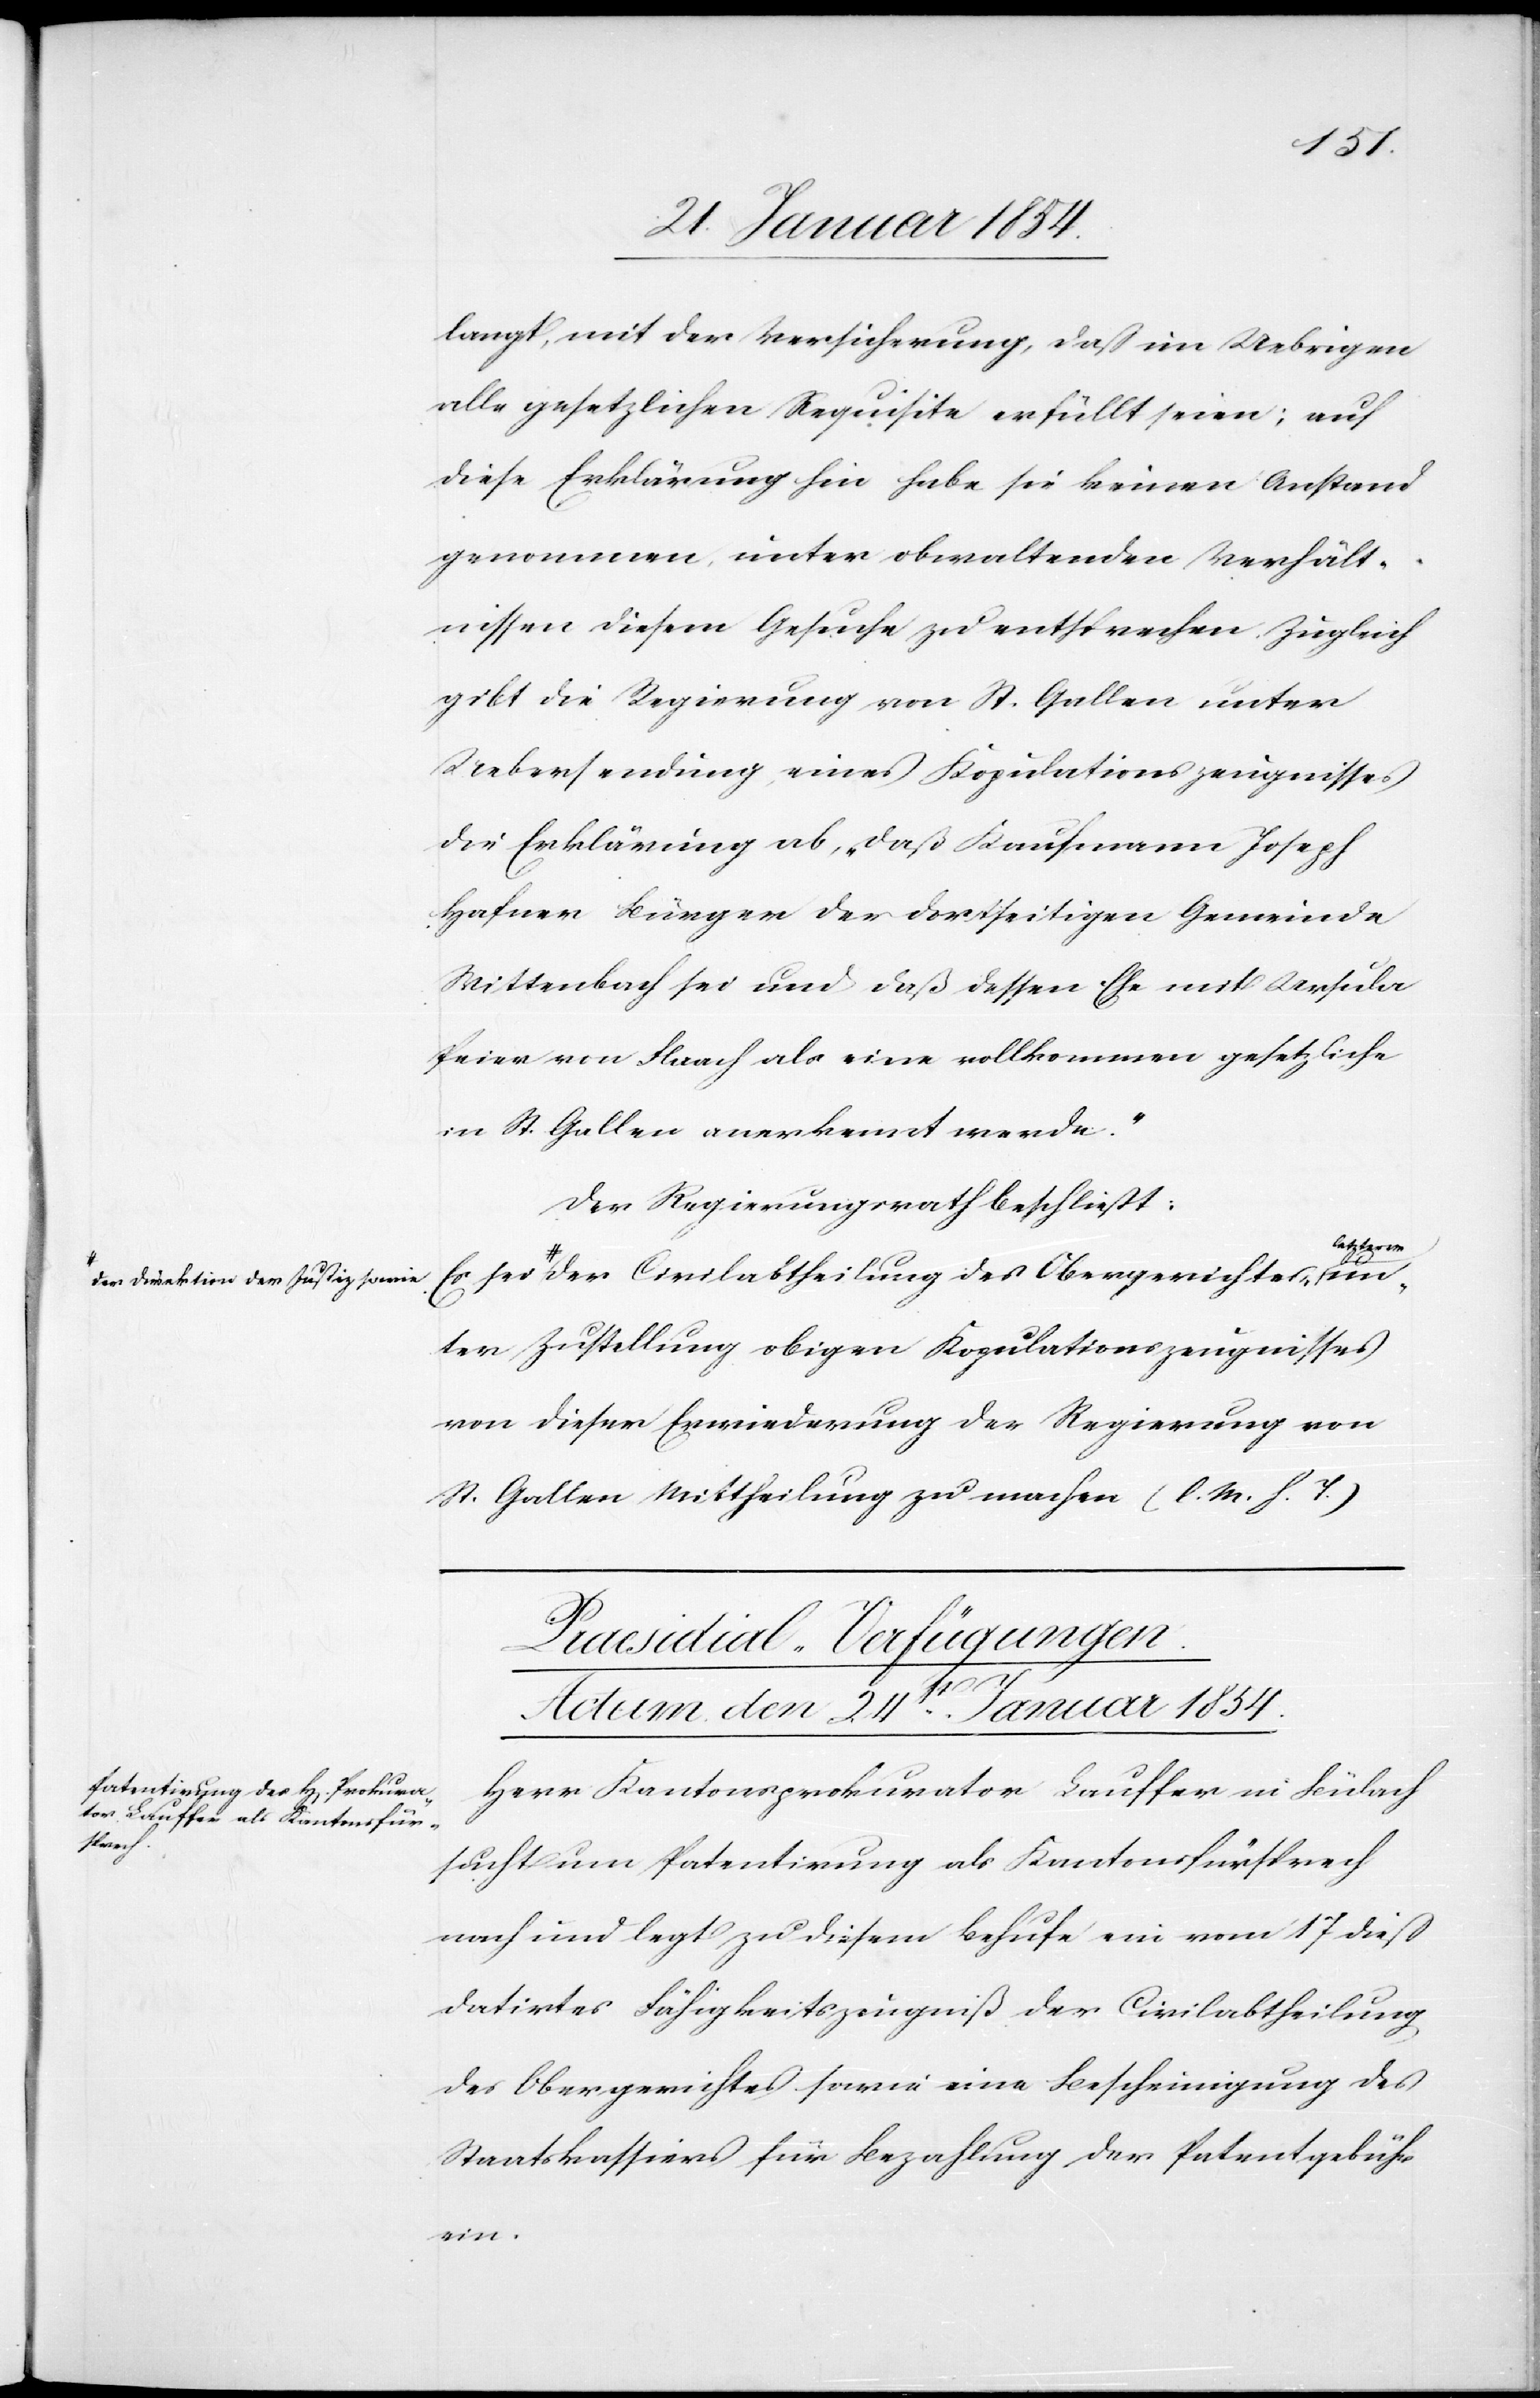
gelangt, mit der Versicherung, daß im Uebrigen
alle gesetzlichen Requisite erfüllt seien; auf
diese Erklärung hin habe sie keinen Anstand
genommen, unter obwaltenden Verhält¬
nissen diesem Gesuche zu entsprechen. Zugleich
gibt die Regierung von St. Gallen unter
Hafner Bürger der dortseitigen Gemeinde
Wittenbach sei und daß dessen Ehe mit Ursula
Peier von Flaach als eine vollkommen gesetzliche
in St. Gallen anerkannt werde.“
Der Regierungsrath beschließt:
etzterem-a
er Direktion der Justiz sowie-a der Civilabtheilung des Obergerichtes, a-l¬
ter Zustellung obigen Kopulationszeugnisses
von dieser Erwiederung der Regierung von
St. Gallen Mittheilung zu machen (l. M. h. T.)
Praesidial-Verfügungen.
Actum, den 24st Januar 1854.
Herr Kantonsprokurator Lauffer in Bülach
sucht nun Patentirung als Kantonsfürsprech
nach und legt zu diesem Behufe ein vom 17 dieß
datirtes Fähigkeitszeugniß der Civilabtheilung
des Obergerichtes sowie eine Bescheinigung des
Staatskassiers für Bezahlung der Patentgebühren.
un¬